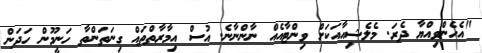
"އެހެންވިއްޔާ ދެރަ. މެލެޝިއާއަކަށް ވިންޓާއެއް ނާންނާނެ. އުސް އިމާރާތްތައް ގިނަތަންތާ ހަނީމޫން ހަދަން